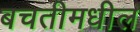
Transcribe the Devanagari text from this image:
बचतीमधील